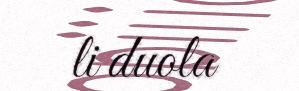
li duola